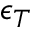
\epsilon _ { T }